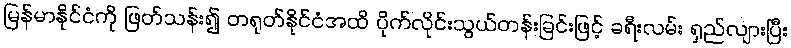
မြန်မာနိုင်ငံကို ဖြတ်သန်း၍ တရုတ်နိုင်ငံအထိ ပိုက်လိုင်းသွယ်တန်းခြင်းဖြင့် ခရီးလမ်း ရှည်လျားပြီး